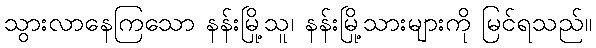
သွားလာနေကြသော နန်းမြို့သူ၊ နန်းမြို့သားများကို မြင်ရသည်။